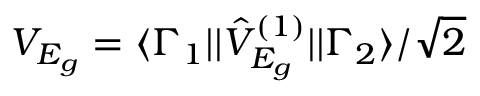
V _ { E _ { g } } = \langle \Gamma _ { 1 } | | \hat { V } _ { E _ { g } } ^ { ( 1 ) } | | \Gamma _ { 2 } \rangle / \sqrt { 2 }